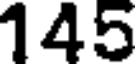
145